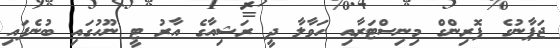
ޖަޕާނުގެ ފޮރިންގް މިނިސްޓަރާއި ހަވާލާ ދީ ރަޝިއާގެ އާރު ޓީ ނޫހުގައި ބުނެފައި